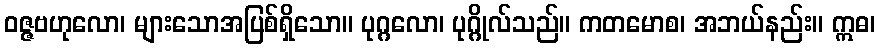
ဝဇ္ဇဗဟုလော၊ များသောအပြစ်ရှိသော။ ပုဂ္ဂလော၊ ပုဂ္ဂိုလ်သည်။ ကတမောစ၊ အဘယ်နည်း။ ဣဓ၊